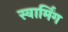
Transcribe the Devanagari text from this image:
स्वार्मिंग